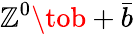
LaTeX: \mathbb{Z}^{0}\tob+{\bar{{b}}}